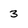
Character: 3